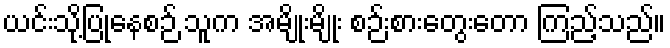
ယင်းသို့ပြုနေစဉ် သူက အမျိုးမျိုး စဉ်းစားတွေးတော ကြည့်သည်။